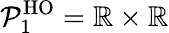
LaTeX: \mathcal{P}_{1}^{\mathrm{HO}}=\mathbb{R}\times\mathbb{R}